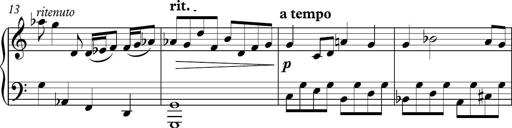
Title: Piano Sonatina in C
Composer: Daniel LÃ©o Simpson
Key: C major